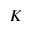
K